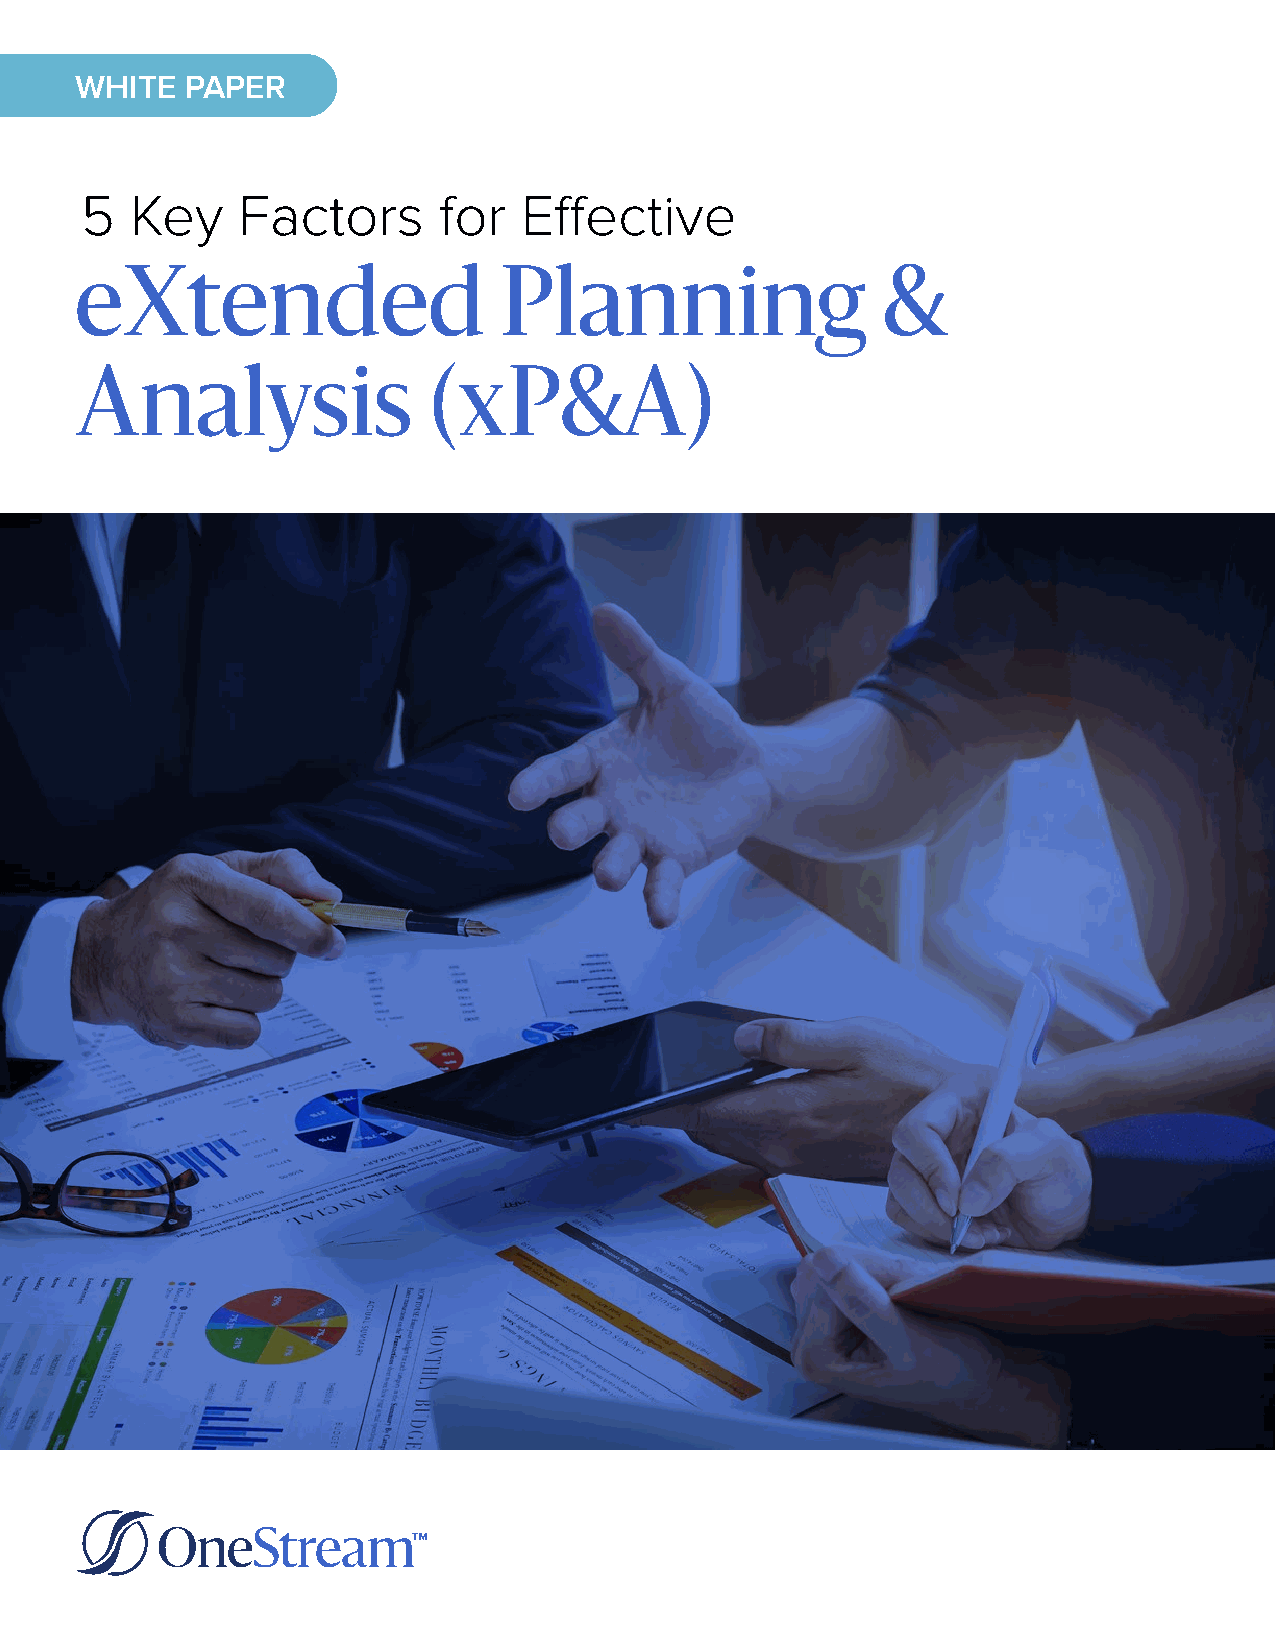
WHITE  PAPER
 5   Key    Factors      for   Effective
 eXtended                    Planning                 &
 Analysis               (xP&A)